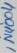
Text: 1N4004